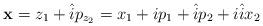
LaTeX: \begin{align*}\textbf{x}=z_1+\hat{i}p_{z_2}=x_1+ip_1+\hat{i}p_2+i\hat{i}x_2\end{align*}